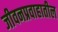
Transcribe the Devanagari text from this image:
जीवनप्रवाहातील